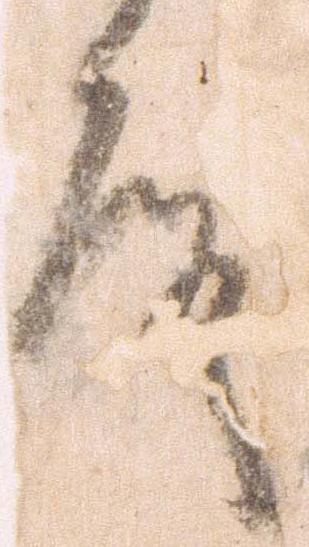
殿